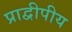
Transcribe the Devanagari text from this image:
प्राद्वीपीय